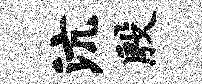
沆殷